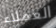
العملاء